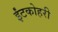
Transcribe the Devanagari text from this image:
ईंटकोहरी